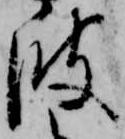
波